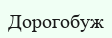
Дорогобуж